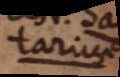
tarius